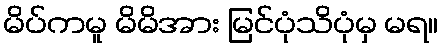
မိပ်ကမူ မိမိအား မြင်ပုံသိပုံမှ မရ။